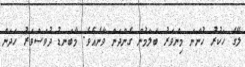
ލޭގެ ހަކުރު ހުންނަ މިންވަރު ބަލަމުން ގެންދަން ވާނެއެވެ. މާބަނޑު ދުވަސްވަރު ހަދަން